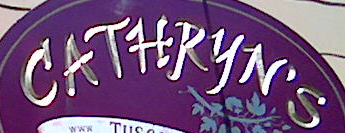
CATHUYNS